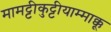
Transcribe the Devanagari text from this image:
मामट्टीकुट्टीयाम्माक्कू